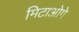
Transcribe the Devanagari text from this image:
मिटाओगे